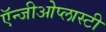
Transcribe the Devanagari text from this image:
ऍन्जीओेप्लास्टी